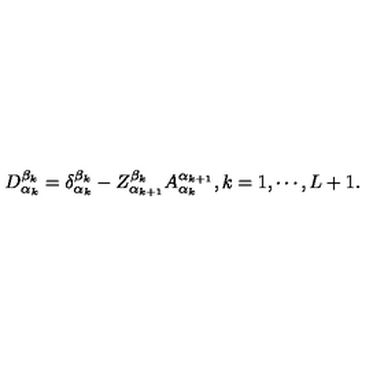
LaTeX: D _ { \alpha _ { k } } ^ { \beta _ { k } } = \delta _ { \alpha _ { k } } ^ { \beta _ { k } } - Z _ { \alpha _ { k + 1 } } ^ { \beta _ { k } } A _ { \alpha _ { k } } ^ { \alpha _ { k + 1 } } , k = 1 , \cdots , L + 1 .